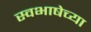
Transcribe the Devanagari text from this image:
स्वभाषेच्या